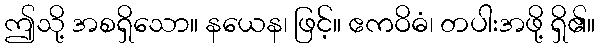
ဤသို့ အစရှိသော။ နယေန၊ ဖြင့်။ ဧကဝိဓံ၊ တပါးအဖို့ ရှိ၏။